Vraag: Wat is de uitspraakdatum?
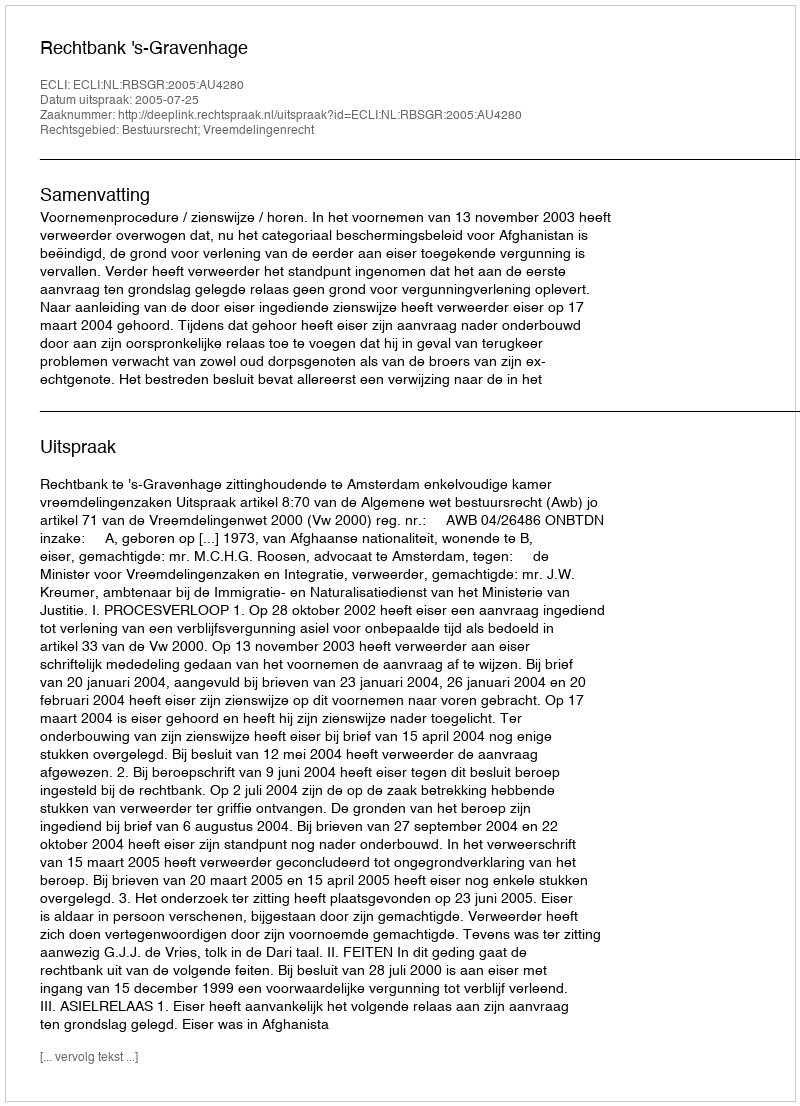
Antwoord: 2005-07-25